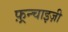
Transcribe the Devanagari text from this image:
फ़्रन्चाइज़ी